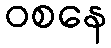
ဝစနေ